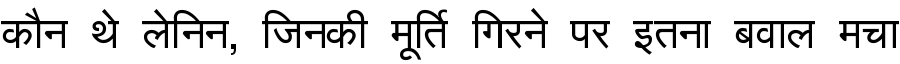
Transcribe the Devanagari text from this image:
कौन थे लेनिन, जिनकी मूर्ति गिरने पर इतना बवाल मचा